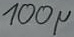
Text: 100µ